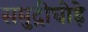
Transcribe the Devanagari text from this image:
समुद्रीघोड़े